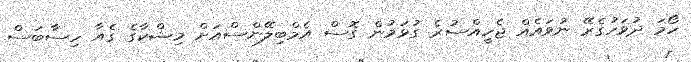
ހޯމަ ދުވަހުގެރޭ ނުވައެއް ޖެހީއްސުރެ ގުޅަމުން ގޮސް އެމްބިލޭންސްއަށް މިޝްކާގެ ގެއާ ހިސާބަސް